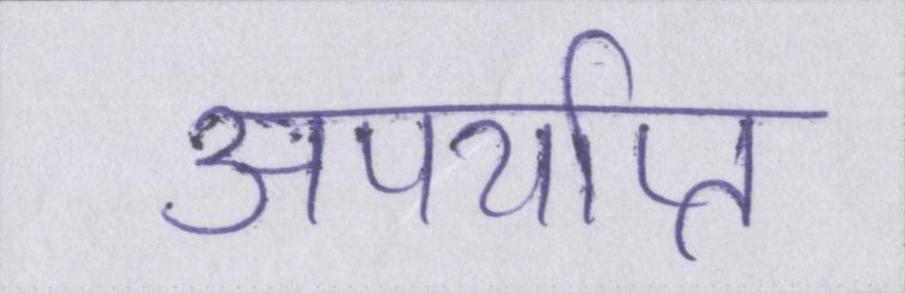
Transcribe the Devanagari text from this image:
अपर्याप्त